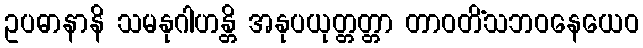
ဥပဓာနာနိ သမနုဂါဟန္တိ အနုပယုတ္တတ္တာ တာဝတိံသဘဝနေယေဝ